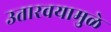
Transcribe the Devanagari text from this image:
उतारवयामुळे